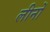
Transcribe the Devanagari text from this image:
लीनों